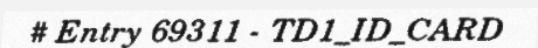
# Entry 69311 - TD1_ID_CARD